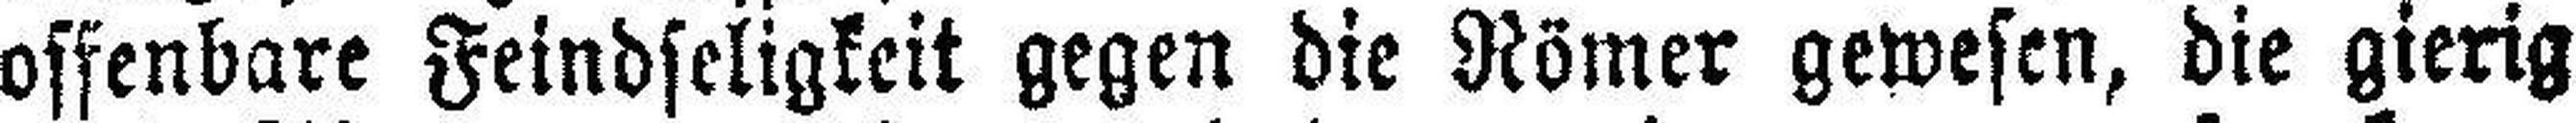
offenbare Feindseligkeit gegen die Römer gewesen, die gierig